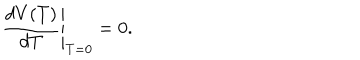
LaTeX: \left. \frac { d V ( T ) } { d T } \right| _ { T = 0 } = 0 .